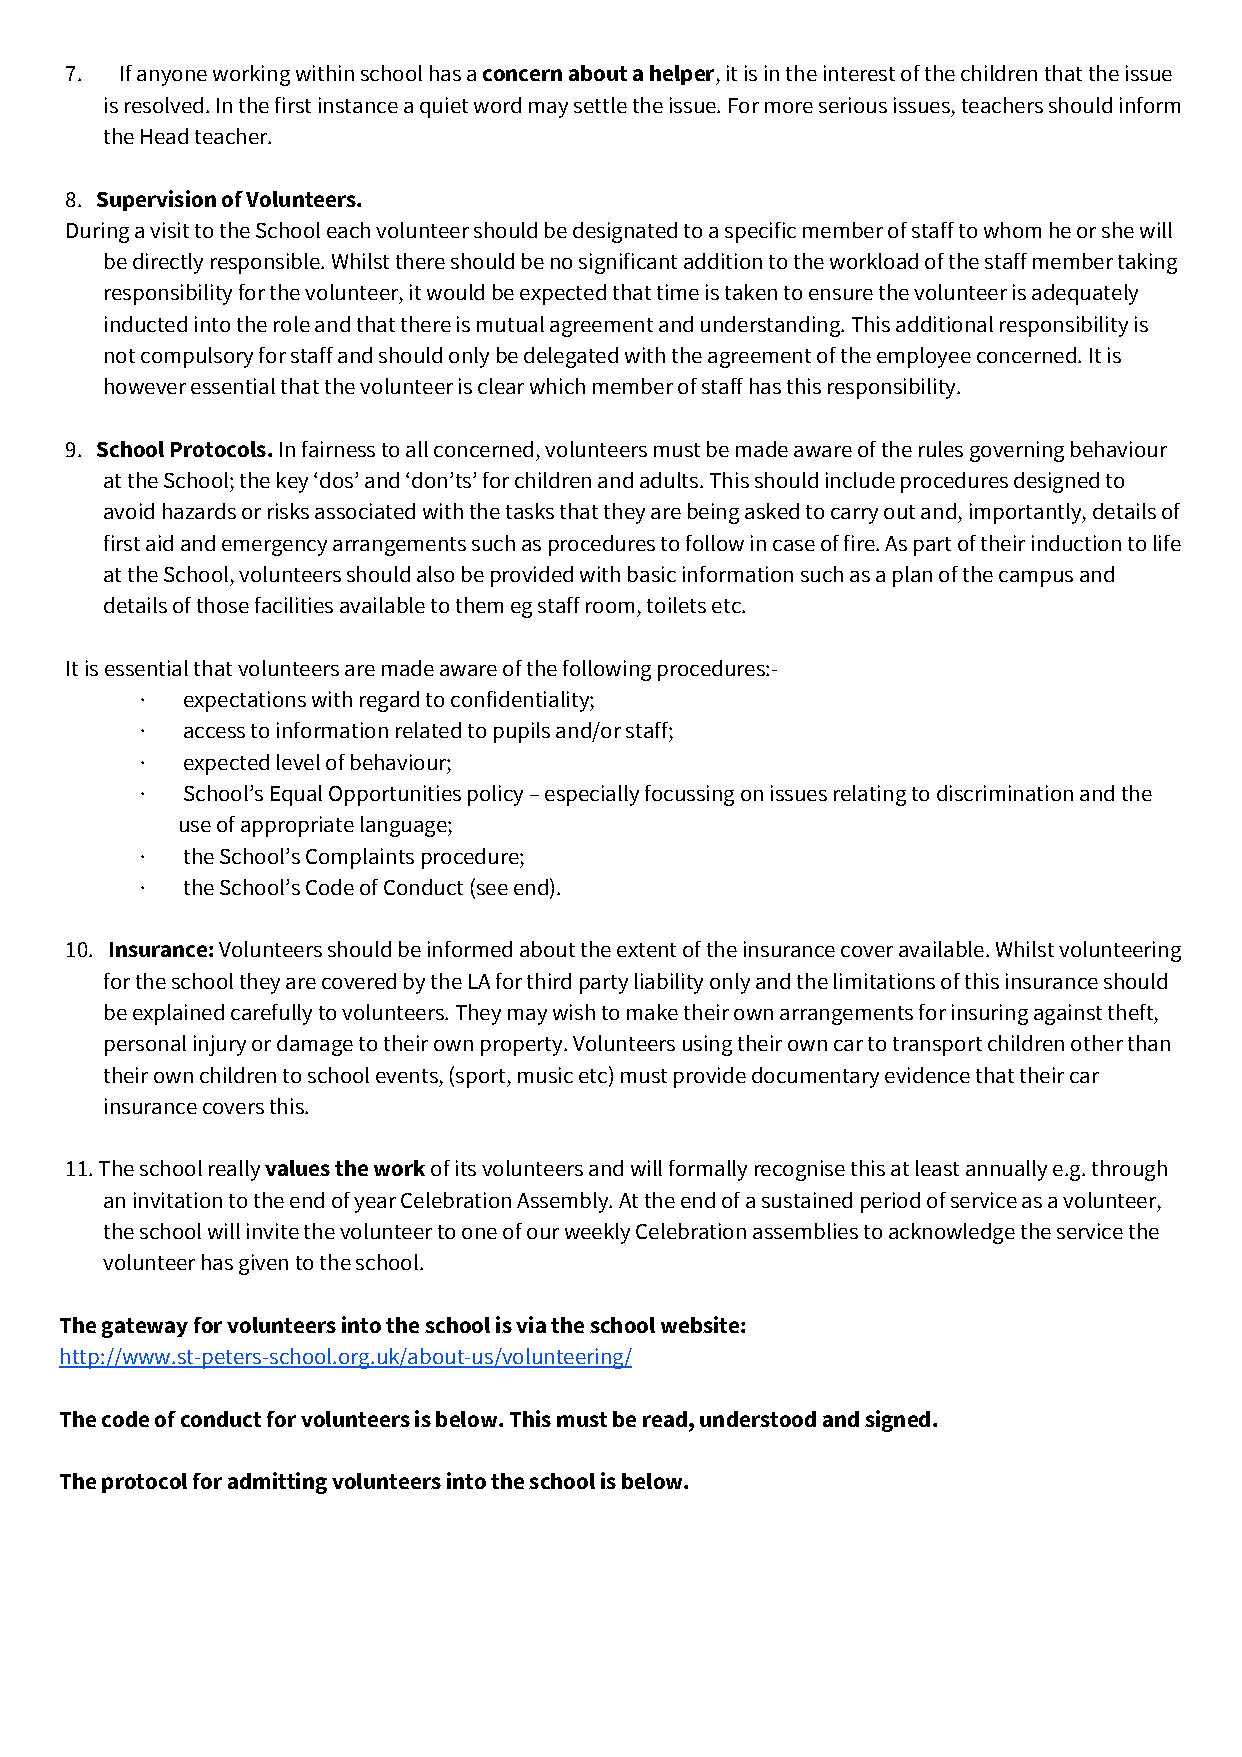
7.  If anyone working within school has a concern about a helper, it is in the interest of the children that the issue
 ​              ​
 is resolved. In the first instance a quiet word may settle the issue. For more serious issues, teachers should inform
 the Head teacher.
 8. Supervision of Volunteers.
 ​
 During a visit to the School each volunteer should be designated to a specific member of staff to whom he or she will
 be directly responsible. Whilst there should be no significant addition to the workload of the staff member taking
 responsibility for the volunteer, it would be expected that time is taken to ensure the volunteer is adequately
 inducted into the role and that there is mutual agreement and understanding. This additional responsibility is
 not compulsory for staff and should only be delegated with the agreement of the employee concerned. It is
 however essential that the volunteer is clear which member of staff has this responsibility.
 9. School Protocols. In fairness to all concerned, volunteers must be made aware of the rules governing behaviour
 ​           ​
 at the School; the key ‘dos’ and ‘don’ts’ for children and adults. This should include procedures designed to
 avoid hazards or risks associated with the tasks that they are being asked to carry out and, importantly, details of
 first aid and emergency arrangements such as procedures to follow in case of fire. As part of their induction to life
 at the School, volunteers should also be provided with basic information such as a plan of the campus and
 details of those facilities available to them eg staff room, toilets etc.
 It is essential that volunteers are made aware of the following procedures:-
 ·  expectations with regard to confidentiality;
 ·  access to information related to pupils and/or staff;
 ·  expected level of behaviour;
 ·  School’s Equal Opportunities policy – especially focussing on issues relating to discrimination and the
 use of appropriate language;
 ·  the School’s Complaints procedure;
 ·  the School’s Code of Conduct (see end).
 10. Insurance: Volunteers should be informed about the extent of the insurance cover available. Whilst volunteering
 ​       ​
 for the school they are covered by the LA for third party liability only and the limitations of this insurance should
 be explained carefully to volunteers. They may wish to make their own arrangements for insuring against theft,
 personal injury or damage to their own property. Volunteers using their own car to transport children other than
 their own children to school events, (sport, music etc) must provide documentary evidence that their car
 insurance covers this.
 11. The school really values the work of its volunteers and will formally recognise this at least annually e.g. through
 ​          ​
 an invitation to the end of year Celebration Assembly. At the end of a sustained period of service as a volunteer,
 the school will invite the volunteer to one of our weekly Celebration assemblies to acknowledge the service the
 volunteer has given to the school.
 The gateway for volunteers into the school is via the school website:
 http://www.st-peters-school.org.uk/about-us/volunteering/
 The code of conduct for volunteers is below. This must be read, understood and signed.
 The protocol for admitting volunteers into the school is below.